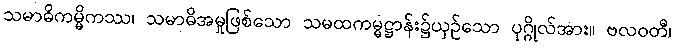
သမာဓိကမ္မိကဿ၊ သမာဓိအမှုဖြစ်သော သမထကမ္မဋ္ဌာန်း၌ယှဉ်သော ပုဂ္ဂိုလ်အား။ ဗလဝတီ၊